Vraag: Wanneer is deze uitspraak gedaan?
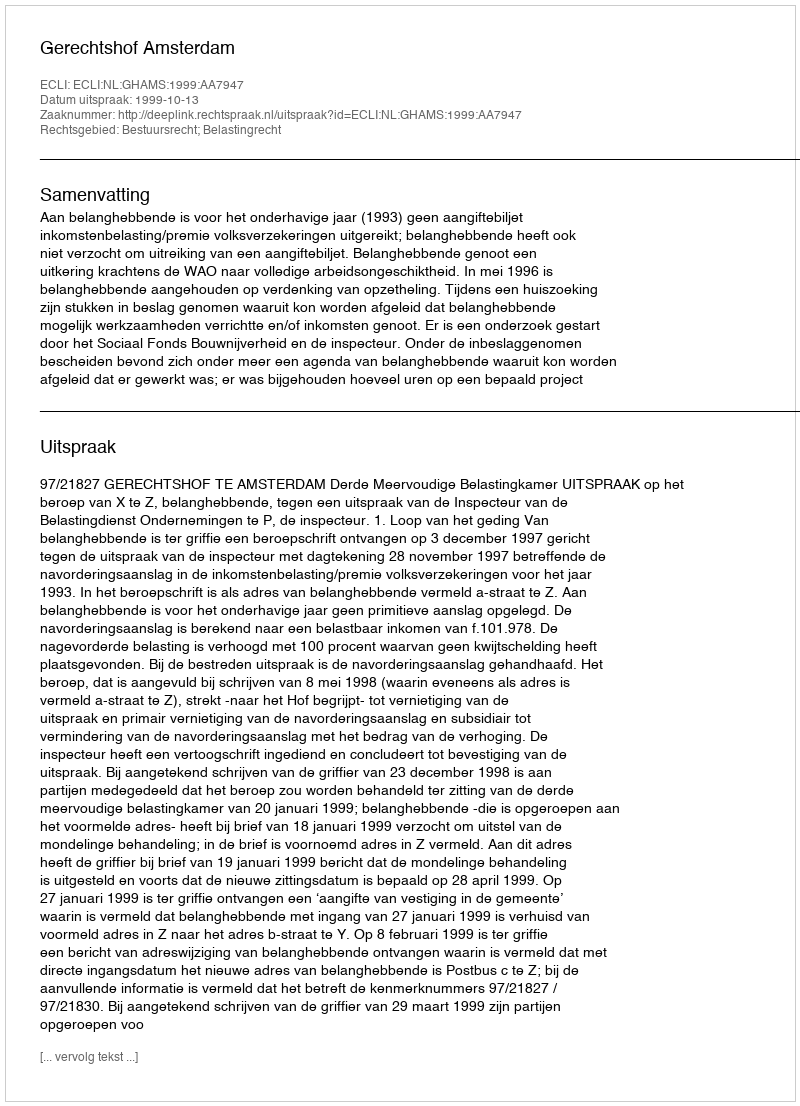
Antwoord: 1999-10-13